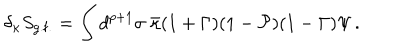
\delta _ { \kappa } S _ { \mathrm { g . f . } } = \int d ^ { p + 1 } \sigma \; \bar { \kappa } ( 1 + \Gamma ) ( 1 - { \cal P } ) ( 1 - \Gamma ) \Psi \, .